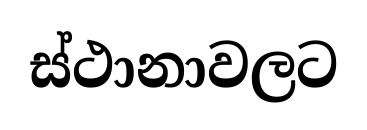
ස්ථානාවලට